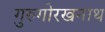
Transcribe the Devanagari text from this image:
गुरुगोरखनाथ